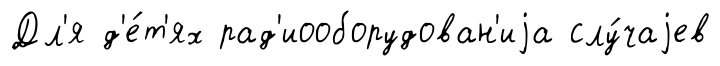
Дл'я д'е́т'ях рад'иооборудован'иjа слу́чаjев